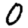
Digit: 0